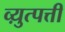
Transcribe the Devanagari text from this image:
व्य़ुत्पत्ती